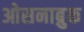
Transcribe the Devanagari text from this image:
ओसनाब्रुक